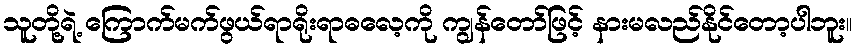
သူတို့ရဲ့ ကြောက်မက်ဖွယ်ရာရိုးရာဓလေ့ကို ကျွန်တော်ဖြင့် နားမလည်နိုင်တော့ပါဘူး။